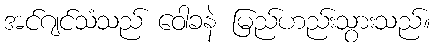
အင်ဂျင်သံသည် ဝေါခနဲ မြည်ဟည်းသွားသည်။